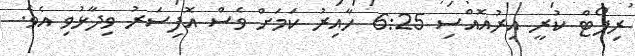
ރިޕޯޓް ކުރީ އިރުއޮއްސި 6:25 ހާއިރު ކަމަށް ވެސް އޮފިސަރު ވިދާޅުވި އެވެ.